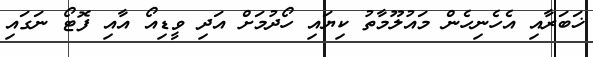
ޚަބަރާއި އެހެނިހެން މައުލޫމާތު ކިޔައި ހޯދުމަށް އަދި ވީޑިއޯ އާއި ފޮޓޯ ނަގައި